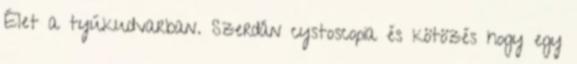
Élet a tyúkudvarban. Szerdán cystoscopia és kötözés hogy egy